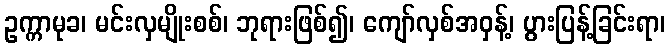
ဥက္ကာမုခ၊ မင်းလှမျိုးစစ်၊ ဘုရားဖြစ်၍၊ ကျော်လှစ်အဝှန့်၊ ပွားပြန့်ခြင်းရာ၊